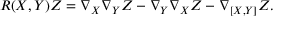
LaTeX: R ( X , Y ) Z = \nabla _ { X } \nabla _ { Y } Z - \nabla _ { Y } \nabla _ { X } Z - \nabla _ { [ X , Y ] } Z .